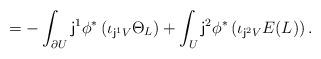
LaTeX: \begin{align*}=-\int_{ \partial U}{\sf j}^1\phi^*\left(\iota_{{\sf j}^1V}\Theta_L\right) + \int_U{\sf j}^2\phi^*\left(\iota_{{\sf j}^2V} E(L)\right).\end{align*}